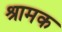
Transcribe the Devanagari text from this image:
श्रामक